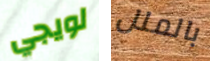
لويجي بالملل